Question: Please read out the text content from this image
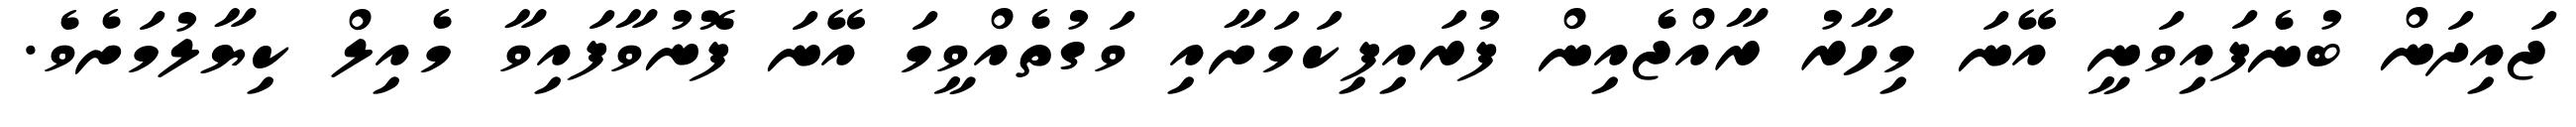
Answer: ޖައިދަން ބުނެފައިވަނީ އޭނަ މިހާރު ރާއްޖެއިން ފުރައިފިކަމަށާއި ވަގުތެއްވީމަ އޭނަ ފޮނުވާފައިވާ މެއިލް ކިޔާލުމަށެވެ.